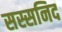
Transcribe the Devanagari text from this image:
सस्सनिद